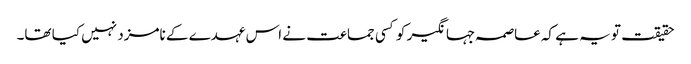
حقیقت تو یہ ہے کہ عاصمہ جہانگیر کو کسی جماعت نے اس عہدے کے نامزد نہیں کیا تھا۔